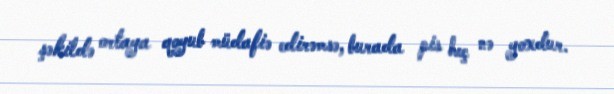
şəkildə ortaya qoyub müdafiə edirəmsə, burada pis heç nə yoxdur.